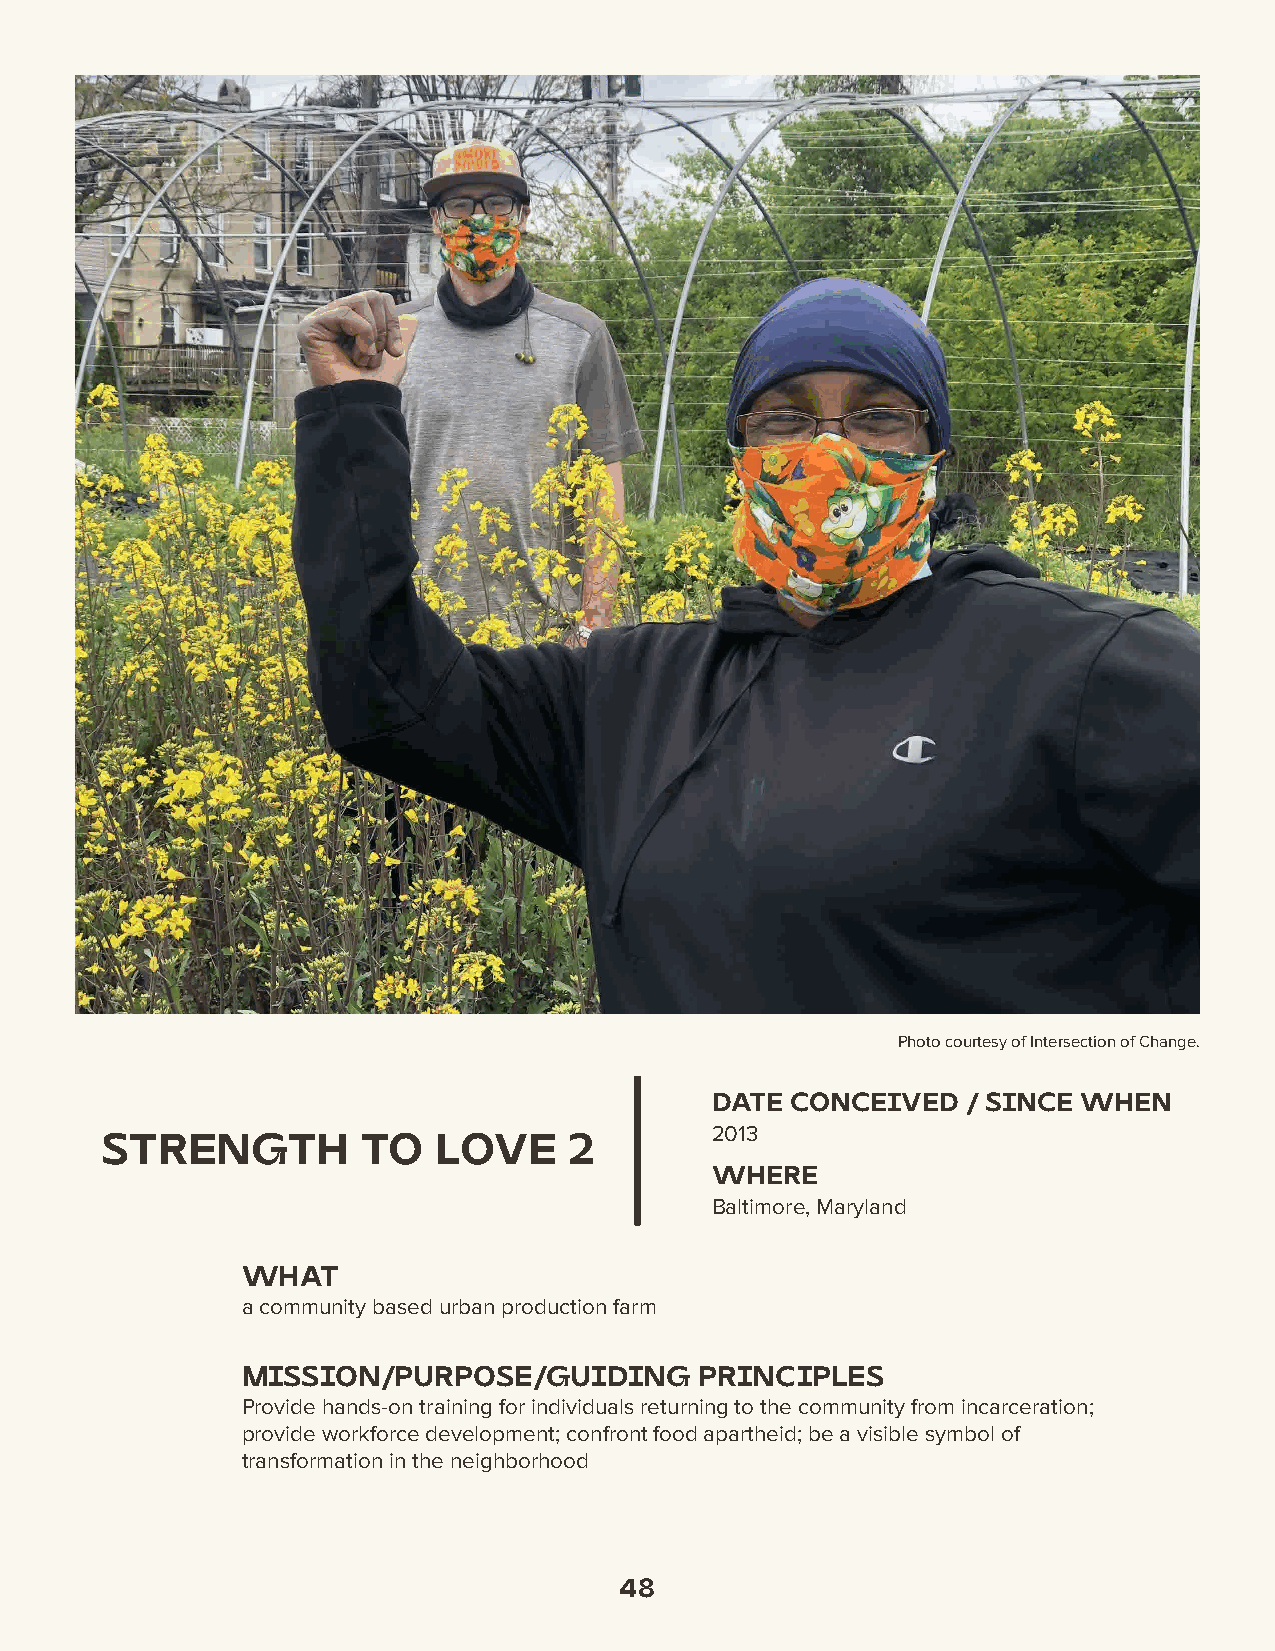
A  Farmer's    Perspective:
 Liberation
 Farms
 Photo courtesy of Intersection of Change.
 DATE CONCEIVED   / SINCE WHEN
 2013
 STRENGTH         TO   LOVE     2
 WHERE
 Baltimore, Maryland
 WHAT
 a community based urban production farm
 MISSION/PURPOSE/GUIDING       PRINCIPLES
 Provide hands-on training for individuals returning to the community from incarceration;
 provide workforce development; confront food apartheid; be a visible symbol of
 transformation in the neighborhood
 48